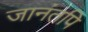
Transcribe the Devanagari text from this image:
जानंतपि